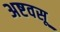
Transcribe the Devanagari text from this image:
अष्टवसू